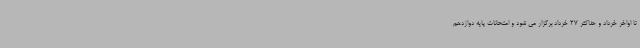
تا اواخر خرداد و حداکثر 27 خرداد برگزار می شود و امتحانات پایه دوازدهم